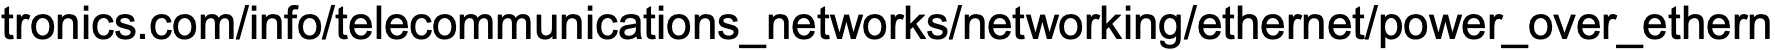
tronics.com/info/telecommunications_networks/networking/ethernet/power_over_ethern